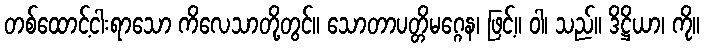
တစ်ထောင့်ငါးရာသော ကိလေသာတို့တွင်။ သောတာပတ္တိမဂ္ဂေန၊ ဖြင့်။ ဝါ၊ သည်။ ဒိဋ္ဌိယာ၊ ကို။